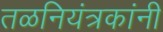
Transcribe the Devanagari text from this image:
तळनियंत्रकांनी